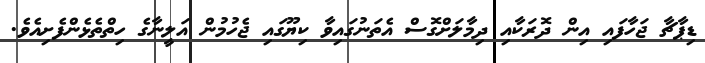
ޑިޕާޗާ ޖަހާފައި އިން ދޮރަކާއި ދިމާލަށްގޮސް އެތަނުގައިވާ ކިޔޫގައި ޖެހުމުން އަލީނާގެ ހިތްތެޅެންފެށިއެވެ.